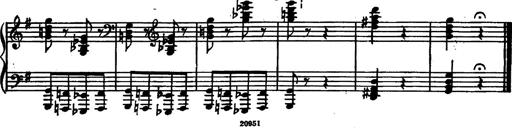
Title: Magyar rapszÃ³diÃ¡k
Composer: Franz Liszt